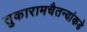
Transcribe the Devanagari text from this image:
तुकारामचैतन्यांकडे